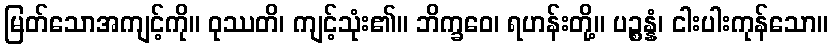
မြတ်သောအကျင့်ကို။ ဝုဿတိ၊ ကျင့်သုံး၏။ ဘိက္ခဝေ၊ ရဟန်းတို့။ ပဉ္စန္နံ၊ ငါးပါးကုန်သော။